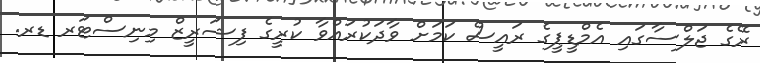
ރޭގެ ޖަލްސާގައި އެމްޑީޕީގެ ރައީސް ކަމަށް ވާދަކުރައްވާ ކުރީގެ ފިޝަރީޒް މިނިސްޓަރ ޑރ.